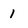
Character: 1